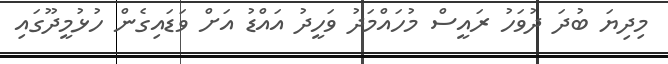
މިދިޔަ ބުދަ ދުވަހު ރައީސް މުހައްމަދު ވަހީދު އައްޑު އަށް ވަޑައިގެން ހުޅުމީދޫގައި